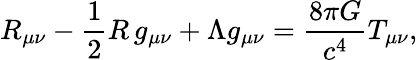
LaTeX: R_{\mu\nu}-{\frac{1}{2}}R\, g_{\mu\nu}+\Lambda g_{\mu\nu}={\frac{8\pi G}{c^{4}}}T_{\mu\nu},